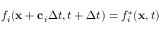
f _ { i } ( \mathbf { x } + \mathbf { c } _ { i } \Delta t , t + \Delta t ) = f _ { i } ^ { * } ( \mathbf { x } , t )